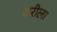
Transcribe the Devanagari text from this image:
जरीला